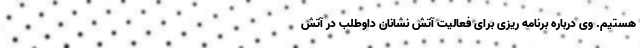
هستیم. وی درباره برنامه ریزی برای فعالیت آتش نشانان داوطلب در آتش